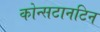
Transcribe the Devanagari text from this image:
कोन्सटानटिन